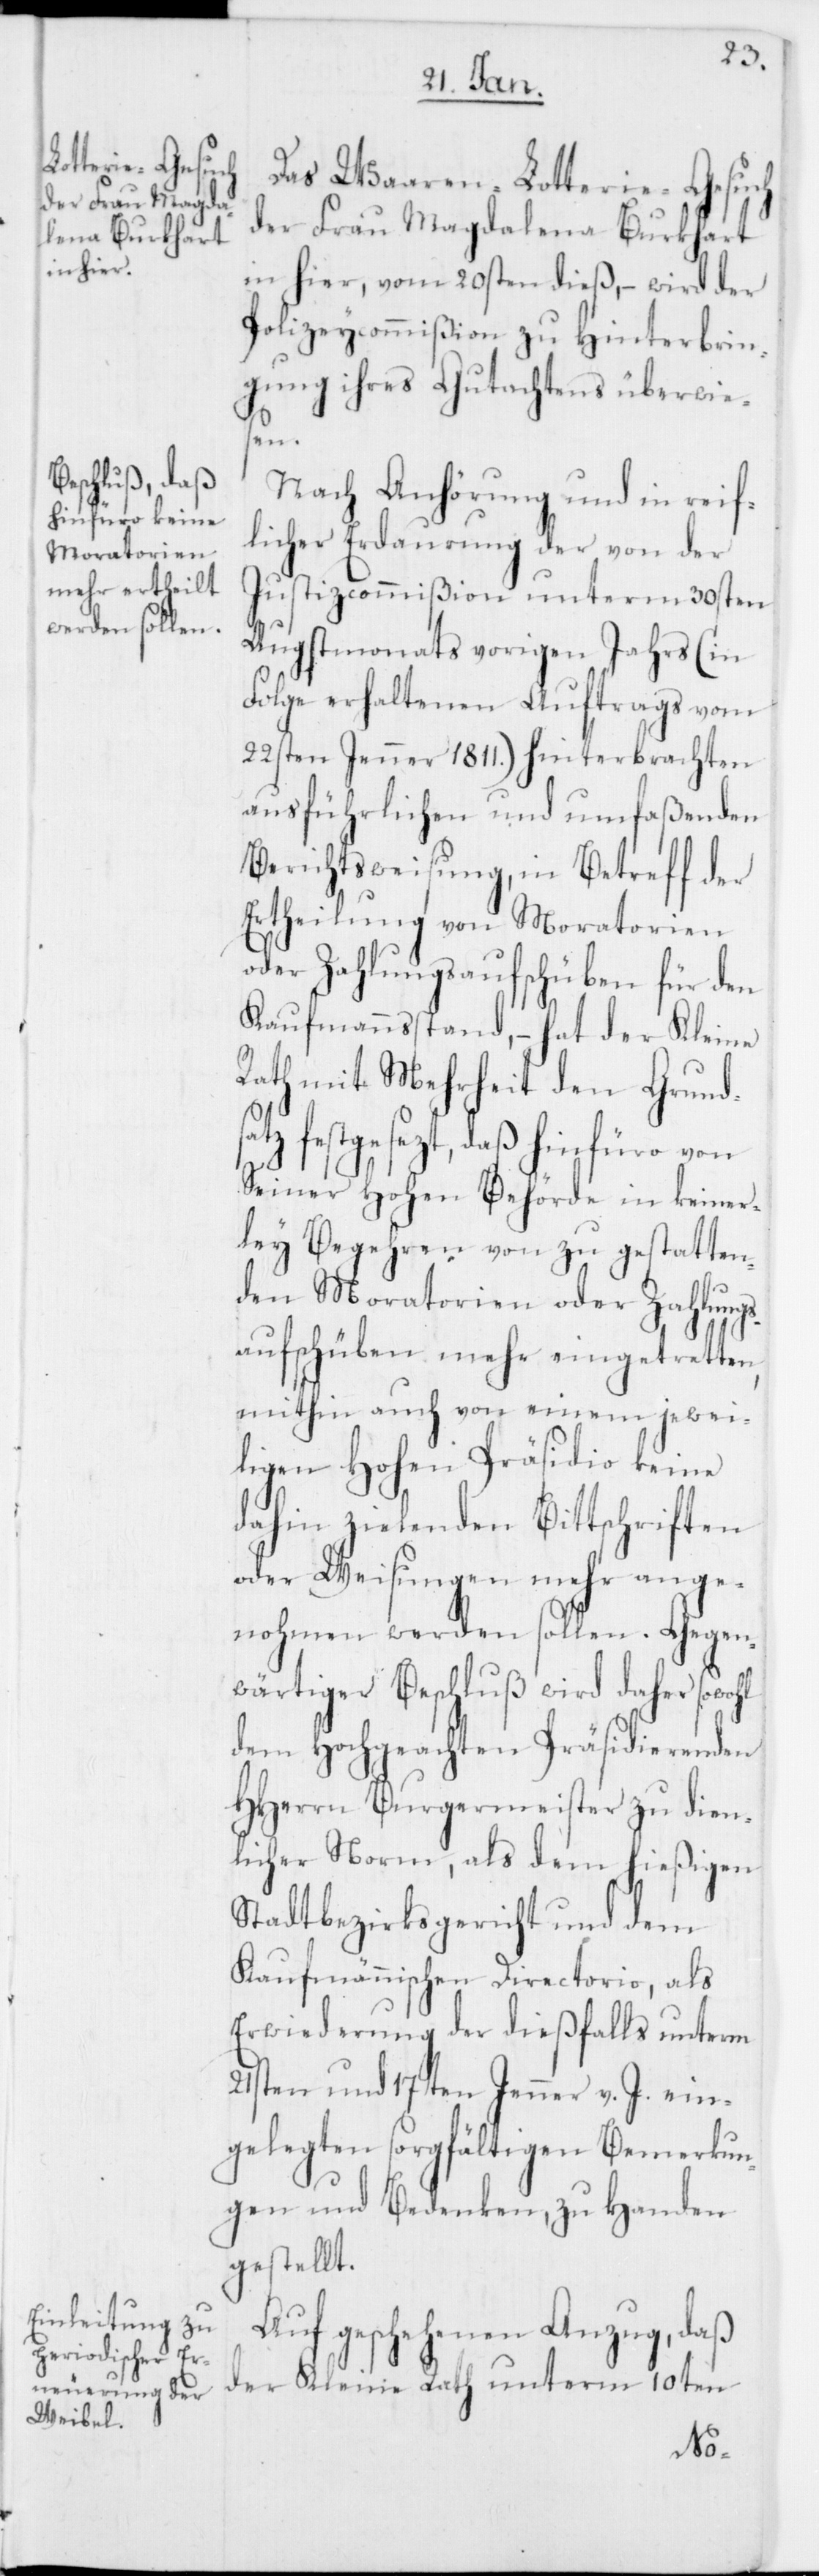
Das Waarenlotterie-Gesuch
der Frau Magdalena Burkhart
in hier vom 20sten dieß, wird der
Polizey-Commißion zu Hinterbrin¬
gung ihres Gutachtens überwie¬
sen.
Nach Anhörung und in reif¬
licher Erdaurung der von der
Justizcommißion unterm 30sten
Augstmonats vorigen Jahrs (in
Folge erhaltenen Auftrags vom
22sten Jenner 1811.) hinterbrachten
ausführlichen und umfaßenden
Berichtsweisung, in Betreff der
Ertheilung von Moratorien
oder Zahlungsaufschüben für den
Kaufmannsstand, – hat der Kleine
Rath mit Mehrheit den Grund¬
satz festgesezt, daß hinfüro von
Seiner Hohen Behörde in keiner¬
ley Begehren von zu gestatten¬
den Moratorien oder Zahlungs¬
aufschüben mehr eingetretten,
mithin auch von einem jewei¬
ligen Hohen Präsidio keine
dahin zielenden Bittschriften
oder Weisungen mehr ange¬
nohmen werden sollen. Gegen¬
wärtiger Beschluß wird daher sowohl
dem Hochgeachten Präsidierenden
HHerrn Burgermeister zu dien¬
licher Norm, als dem hießigen
Stadtbezirksgericht und dem
Kaufmännischen Directorio, als
Erwiederung der dießfalls unterm
21sten und 17ten Jenner v. J. ein¬
gelegten sorgfältigen Bemerkun¬
gen und Bedenken, zu Handen
gestellt.
Auf geschehenen Anzug, daß
der Kleine Rath unterm 10ten